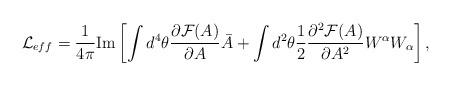
LaTeX: \begin{align*}{\cal L}_{eff} = \frac{1}{4\pi}{\rm Im}\left[ \int{d^{4}\theta\frac{\partial {\cal F}(A)}{\partial A}\bar{A}}+\int{d^{2}\theta \frac{1}{2}\frac{\partial^{2}{\cal F}(A)}{\partial A^{2}}W^{\alpha}W_{\alpha}}\right] ,\end{align*}